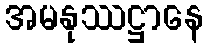
အမနုဿဋ္ဌာနေ